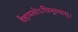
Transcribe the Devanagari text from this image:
वैहायसोऽधिभूम्याम्।